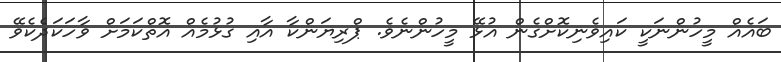
ބައެއް މީހުންނަކީ ކައިވެނިކޮށްގެން އުޅޭ މީހުންނެވެ. ޕްރިޔަންކާ އާއި ގުޅުމެއް އޮތްކަމަށް ވާހަކަދެކެވޭ